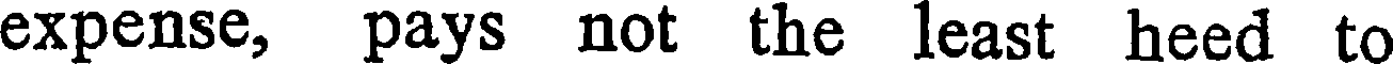
expense, pays not the least heed to